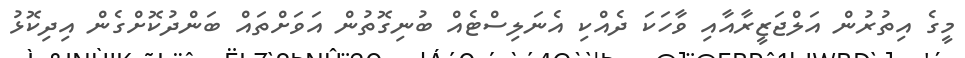
މީގެ އިތުރުން އަލްޖަޒީރާއާއި ވާހަކަ ދެއްކި އެނަލިސްޓެއް ބުނިގޮތުން އަވަށްތައް ބަންދުކޮށްގެން އިދިކޮޅު